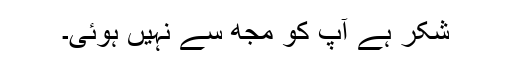
شکر ہے آپ کو مجھ سے نہیں ہوئی۔